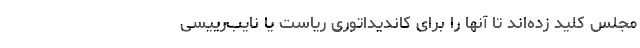
مجلس كلید زده‌اند تا آنها را برای كاندیداتوری ریاست یا نایب‌‌رییسی